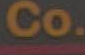
Co.